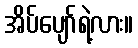
အိပ်ပျော်ရဲ့လား။